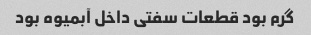
گرم بود قطعات سفتی داخل آبمیوه بود